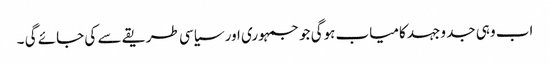
اب وہی جد وجہد کامیاب ہوگی جو جمہوری اور سیاسی طریقے سے کی جائے گی ۔